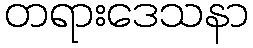
တရားဒေသနာ